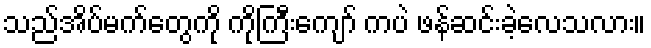
သည်အိပ်မက်တွေကို ကိုကြီးကျော် ကပဲ ဖန်ဆင်းခဲ့လေသလား။